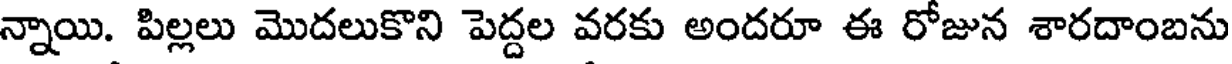
న్నాయి. పిల్లలు మొదలుకొని పెద్దల వరకు అందరూ ఈ రోజున శారదాంబను